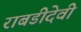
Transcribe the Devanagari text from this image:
राबडीदेवी